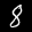
Label: 8